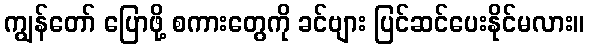
ကျွန်တော် ပြောဖို့ စကားတွေကို ခင်ဗျား ပြင်ဆင်ပေးနိုင်မလား။